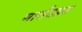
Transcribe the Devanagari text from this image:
मार्तंडव्रत